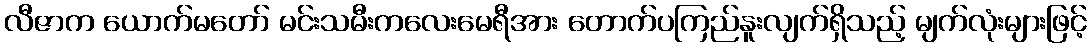
လီဇာက ယောက်မတော် မင်းသမီးကလေးမေရီအား တောက်ပကြည်နူးလျက်ရှိသည့် မျက်လုံးများဖြင့်